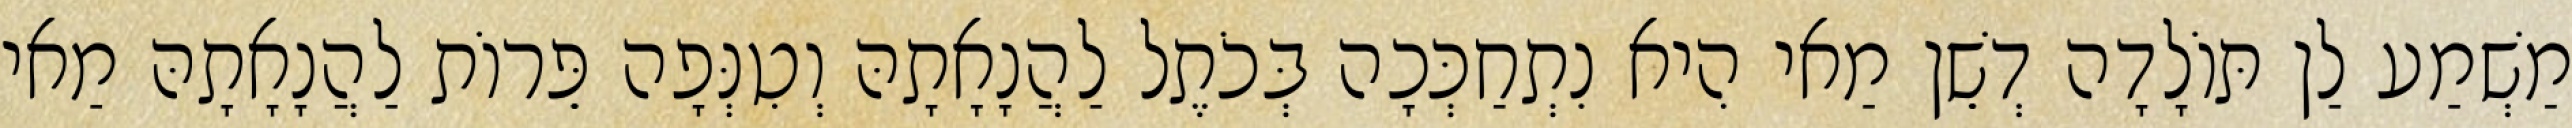
מַשְׁמַע לַן תּוֹלָדָה דְשֵׁן מַאי הִיא נִתְחַכְּכָה בְּכֹתֶל לַהֲנָאָתָהּ וְטִנְּפָה פֵּרוֹת לַהֲנָאָתָהּ מַאי